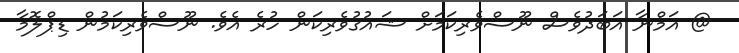
@ އަމްނާ އަބަދުވެސް ނޫސްވެެރިކަމަށް ޝައުގުވެރިކަން ހުރެ އެވެ. ނޫސްވެރިކަމުން ޑިޕްލޮމާ